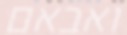
ואבאם